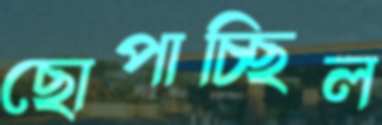
ছোপাচ্ছিল